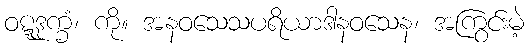
ဝဋ္ဋဒုက္ခံ၊ ကို။ အနဝသေသပရိယာဒါနဝသေန၊ အကြွင်းမဲ့